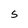
Character: S